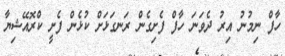
ހާފް ނިމުނު އިރު ދެވަނަ ހާފް ފެށިގެން ރަނގަޅަށް ކުޅެން ފެށީ ކްރޮއޭޝިޔާ